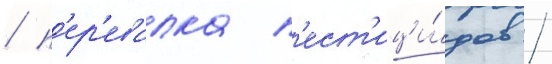
/ п'ер'евалка п'ест'ици́дов /